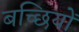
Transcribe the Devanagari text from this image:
बच्छियों